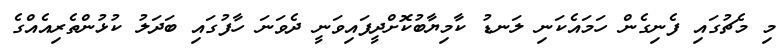
މި މެޗުގައި ފެނިގެން ހަމައެކަނި ލަނޑު ކާމިޔާބުކޮށްދީފައިވަނީ ދެވަނަ ހާފުގައި ބަދަލު ކުޅުންތެރިއެއްގެ